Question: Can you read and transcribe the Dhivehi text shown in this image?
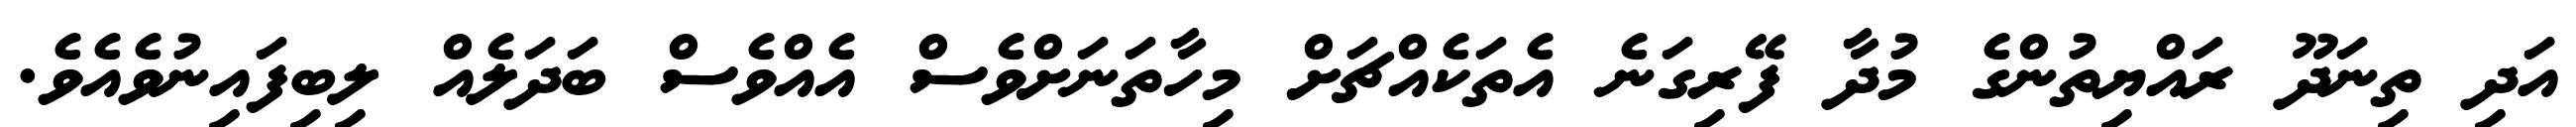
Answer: އަދި ތިނަދޫ ރައްޔިތުންގެ މުދާ ފޭރިގަނެ އެތަކެއްޗަށް މިހާތަނަށްވެސް އެއްވެސް ބަދަލެއް ލިބިފައިނުވެއެވެ.